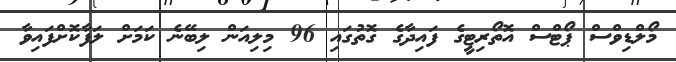
މޯލްޑިވްސް ޕޯޓްސް އޮތޯރިޓީގެ ފައިދާގެ ގޮތުގައި 96 މިލިއަން ލިބޭނެ ކަމަށް ލަފާކޮށްފައިވާ